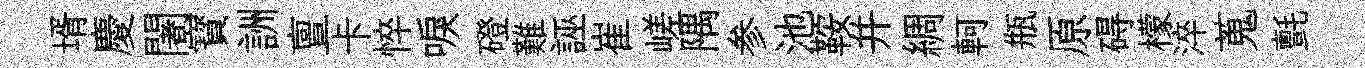
壻慶闍寳詶亶卡悴唳磴難誣崔嵯隅参池鞍并綢軻瓶原碍檬淬蒐氈